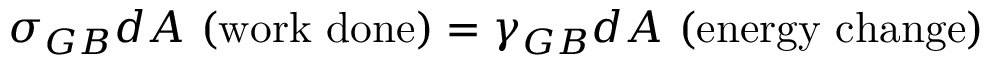
\sigma _ { G B } d A { \mathrm { ~ ( w o r k ~ d o n e ) } } = \gamma _ { G B } d A { \mathrm { ~ ( e n e r g y ~ c h a n g e ) } } \,